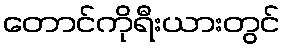
တောင်ကိုရီးယားတွင်